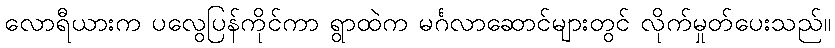
လောရီယားက ပလွေပြန်ကိုင်ကာ ရွာထဲက မင်္ဂလာဆောင်များတွင် လိုက်မှုတ်ပေးသည်။